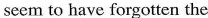
seem to have forgotten the